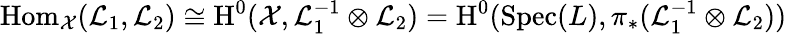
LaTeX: \operatorname{Hom}_{\mathcal{X}}(\mathcal{L}_{1},\mathcal{L}_{2})\cong\operatorname{H}^{0}(\mathcal{X},\mathcal{L}_{1}^{-1}\otimes\mathcal{L}_{2})=\operatorname{H}^{0}(\operatorname{Spec}(L),\pi_{*}(\mathcal{L}_{1}^{-1}\otimes\mathcal{L}_{2}))